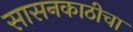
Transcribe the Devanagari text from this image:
सासनकाठीचा